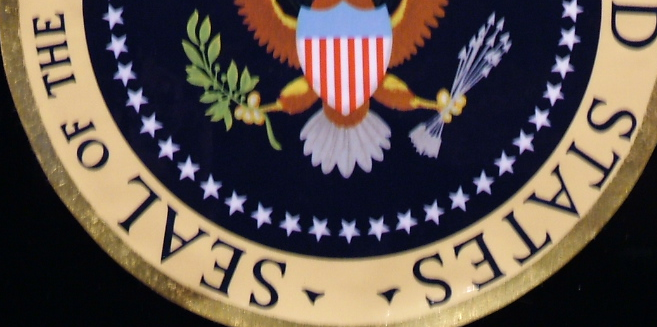
STATES SEAL OF THE